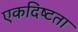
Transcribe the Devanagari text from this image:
एकदिष्‍टता